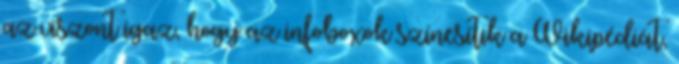
az viszont igaz, hogy az infoboxok színesítik a Wikipédiát,